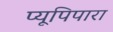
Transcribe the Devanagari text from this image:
प्यूपिपारा